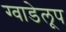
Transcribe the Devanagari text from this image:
ग्वाडेलूप